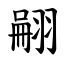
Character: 翤